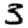
Digit: 3